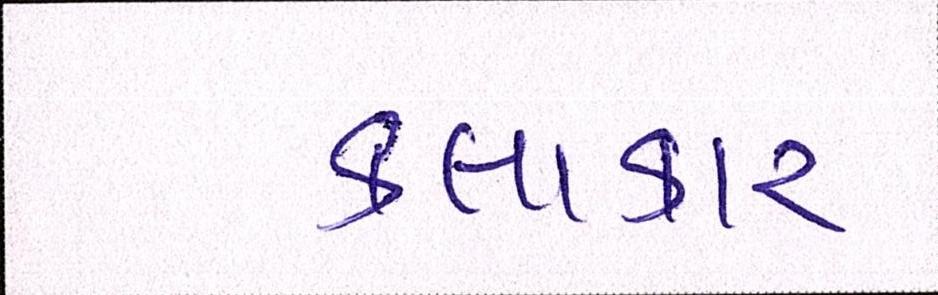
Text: કલાકાર